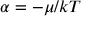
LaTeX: \alpha = - \mu / k T